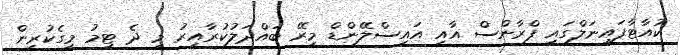
ކުއާޓާފައިނަލްގައި ފްރާންސް އާއި އައިސްލޭންޑް މިރޭ ބައްދަލުކުރާއިރު މި ދެ ޓީމު މީގެކުރިން